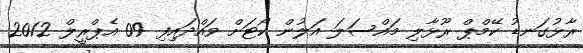
ރާޅުގަނޑު ކޭމްޕް ރޫޅާލި މައްސަލަ އަލުން ކޯޓަށް ވައްދައިފި 09 އެޕްރީލް 2012